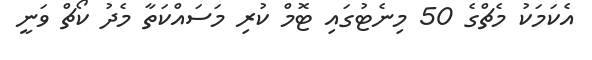
އެކަމަކު މެޗްގެ 50 މިނެޓުގައި ޓޮމް ކުރި މަސައްކަތާ މެދު ކޯޗް ވަނީ